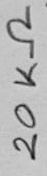
Text: 20KΩ